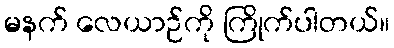
မနက် လေယာဉ်ကို ကြိုက်ပါတယ်။